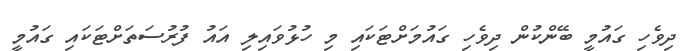
ދިވެހި ގައުމީ ބޭންކުން ދިވެހި ގައުމަށްޓަކައި މި ހުޅުވައިލި އައު ފުރުސަތަށްޓަކައި ގައުމީ